Vaccination in the Punjab 1905-1918 - 1905-1918
Year: 1905
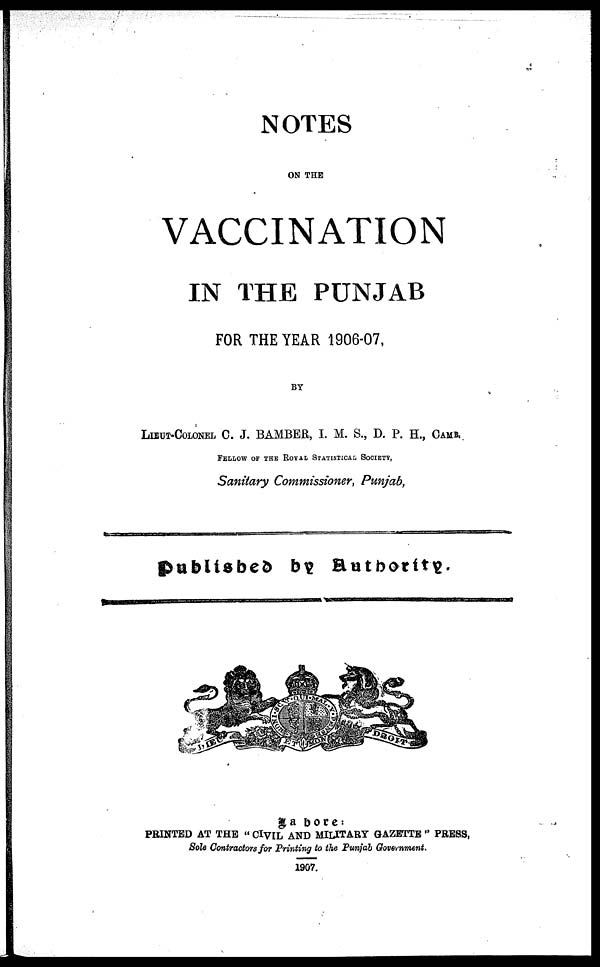
NOTES
ON THE
VACCINATION
IN THE PUNJAB
FOR THE YEAR 1906-07,
BY
LIEUT-COLONEL C. J. BAMBER, I. M. S., D. P. H., CAMB.
FELLOW OF THE ROYAL STATISTICAL SOCIETY,
Sanitary Commissioner, Punjab,
Published by Authority.
Lahore:
PRINTED AT THE " CIVIL AND MILITARY GAZETTE " PRESS,
Sole Contractors for Printing to the Punjab Government.
1907.